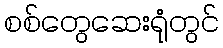
စစ်တွေဆေးရုံတွင်